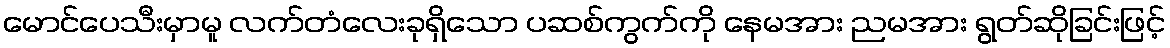
မောင်ပေသီးမှာမူ လက်တံလေးခုရှိသော ပဆစ်ကွက်ကို နေမအား ညမအား ရွတ်ဆိုခြင်းဖြင့်